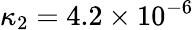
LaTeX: \kappa_{2}=4.2\times 10^{-6}